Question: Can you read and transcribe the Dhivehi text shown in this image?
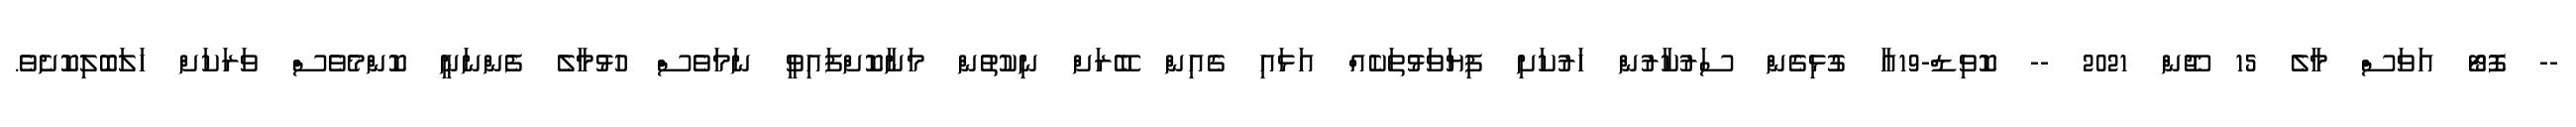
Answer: -- ފޮޓޯ އަވަސް މާލެ 15 ޖޫން 2021 -- ކޮވިޑް-19އާ ގުޅިގެން ސަރުކާރުން ހަރުކަށި ފިޔަވަޅުތަކެއް އަޅައި ގެއިން ބޭރަށް ނިކުތުން މަނާކޮށްފައިވީ ނަމަވެސް ހުޅުމާލެ ފެންނަނީ ކޮންމެވެސް ވަރަކަށް ހަލަބޮލިކޮށެވެ.